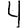
Digit: 4